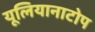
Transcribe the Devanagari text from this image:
यूलियानाटोप